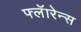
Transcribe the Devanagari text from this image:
फ्लॅारेन्स